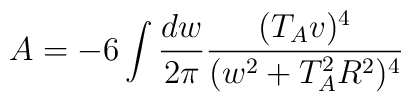
A= - 6  \int \frac{dw}{2\pi} \frac{(T_A v)^4}{(w^2+T^2_A R^2)^4}